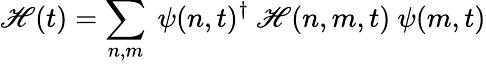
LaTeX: \mathscr{H}(t)=\sum_{n,m}\ \psi(n,t)^{\dagger}\ \mathscr{H}(n,m,t)\ \psi(m,t)